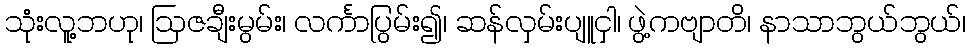
သုံးလူ့ဘဟု၊ ဩဇချီးမွမ်း၊ လင်္ကာပြွမ်း၍၊ ဆန်လှမ်းပျူငှါ၊ ဖွဲ့ကဗျာတိ၊ နာသာဘွယ်ဘွယ်၊